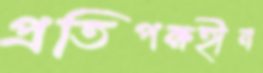
প্রতিপক্ষহীন